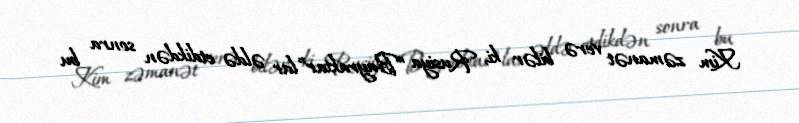
Kim zəmanət verə bilər ki, Rusiya “Bayraktar”lar əldə etdikdən sonra bu